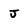
Character: J